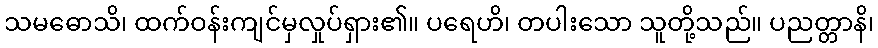
သမဓောသိ၊ ထက်ဝန်းကျင်မှလှုပ်ရှား၏။ ပရေဟိ၊ တပါးသော သူတို့သည်။ ပညတ္တာနိ၊